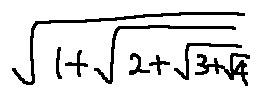
\sqrt { 1 + \sqrt { 2 + \sqrt { 3 + \sqrt { 4 } } } }